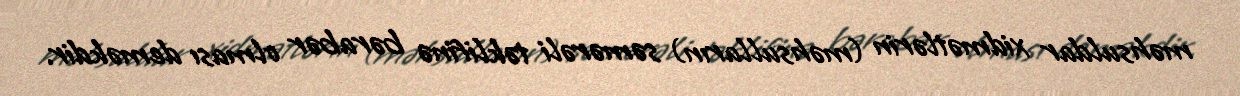
məhsuldar xidmətlərin (məhsulların) səmərəli təklifinə bərabər olması deməkdir.